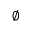
\varnothing